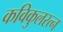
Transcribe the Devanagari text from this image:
कविकुलरत्न